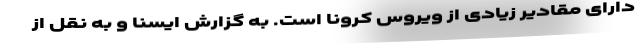
دارای مقادیر زیادی از ویروس کرونا است. به گزارش ایسنا و به نقل از